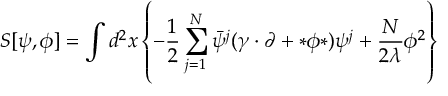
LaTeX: S [ \psi , \phi ] = \int d ^ { 2 } x \left\{ - \frac { 1 } { 2 } \sum _ { j = 1 } ^ { N } \bar { \psi } ^ { j } ( \gamma \cdot \partial + * \phi * ) \psi ^ { j } + \frac { N } { 2 \lambda } \phi ^ { 2 } \right\}